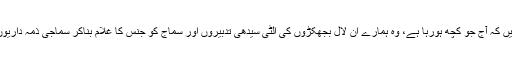
اب اتنی بڑی شیطانی چھوٹ کے بعد آپ اگر عقل رکھتے ہیں تو خود نتیجہ نکال سکتے ہیں کہ آج جو کچھ ہورہا ہے، وہ ہمارے اِن لال بجھکڑوں کی اُلٹی سیدھی تدبیروں اور سماج کو جنس کا غلام بناکر سماجی ذمہ داریوں سے بھگانے کی سازش کا ہی نتیجہ ہے، جس کے مظاہر ہم آج دن رات دیکھ رہے ہیں۔